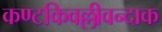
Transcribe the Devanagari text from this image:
कण्टकिवल्लीवन्दाक